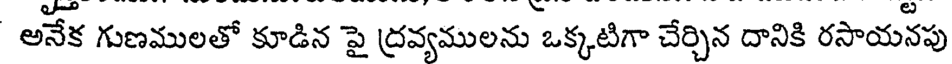
అనేక గుణములతో కూడిన పై ద్రవ్యములను ఒక్కటిగా చేర్చిన దానికి రసాయనపు